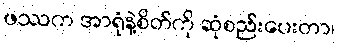
ဖဿက အာရုံနဲ့စိတ်ကို ဆုံစည်းပေးတာ၊